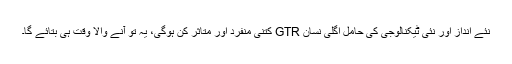
نئے انداز اور نئی ٹیکنالوجی کی حامل اگلی نسان GTR کتنی منفرد اور متاثر کن ہوگی، یہ تو آنے والا وقت ہی بتائے گا۔